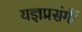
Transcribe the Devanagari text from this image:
यज्ञप्रसंगीं